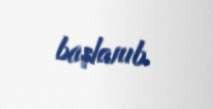
başlanıb.